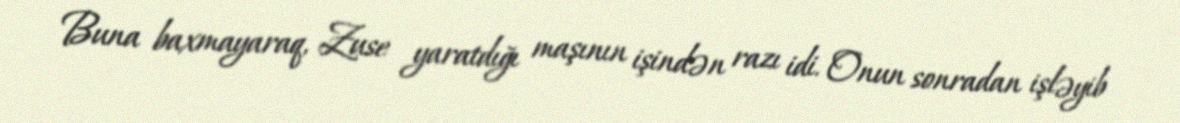
Buna baxmayaraq, Zuse yaratdığı maşının işindən razı idi. Onun sonradan işləyib